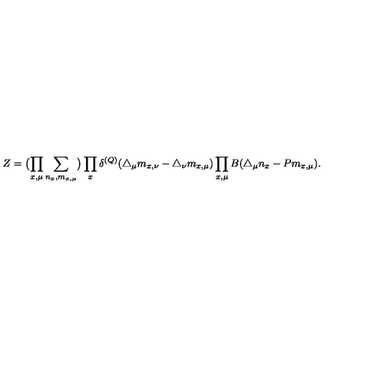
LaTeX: Z = \bigl ( \prod _ { x , \mu } \sum _ { n _ { x } , m _ { x , \mu } } \bigr ) \prod _ { x } \delta ^ { ( Q ) } ( \triangle _ { \mu } m _ { x , \nu } - \triangle _ { \nu } m _ { x , \mu } ) \prod _ { x , \mu } B ( \triangle _ { \mu } n _ { x } - P m _ { x , \mu } ) .